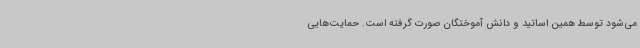
می‌شود توسط همین اساتید و دانش آموختگان صورت گرفته است. حمایت‌هایی